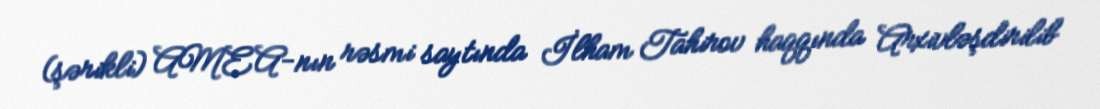
(şərikli) AMEA-nın rəsmi saytında İlham Tahirov haqqında Arxivləşdirilib